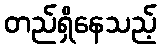
တည်ရှိနေသည့်